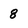
Character: 8